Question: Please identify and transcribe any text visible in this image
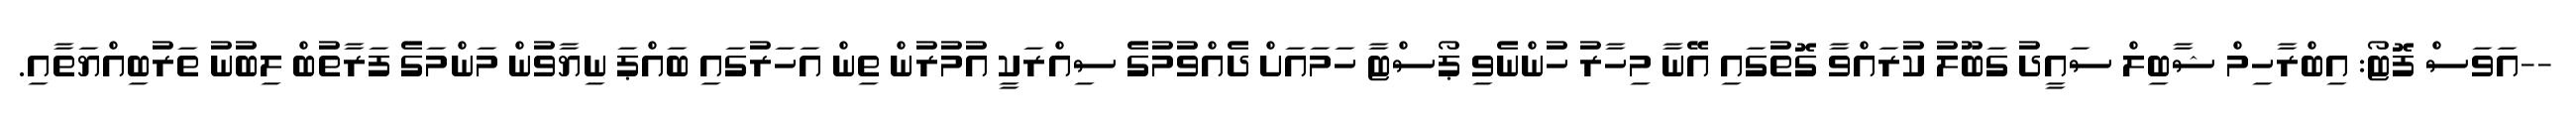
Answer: --އަވަސް ފޮޓޯ: އިބްރާހިމް ޝާބިލް ސައީދު ގަބޫލު ކުރައްވާ ގޮތުގައި އޭނާ މިހާރު ހުންނެވި ޕޯސްޓާ ހަމައަށް ދެއްވުމުގެ ސިއްރަކީ އުމުރުން ތިން އަހަރުގައި ބައްޕަ ނިޔާވުން މަންމަގެ ފަރާތުބް ލިބުނު ތަރުބިއްޔަތާއި.